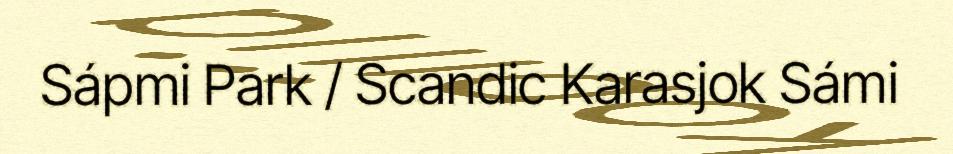
Sápmi Park / Scandic Karasjok Sámi